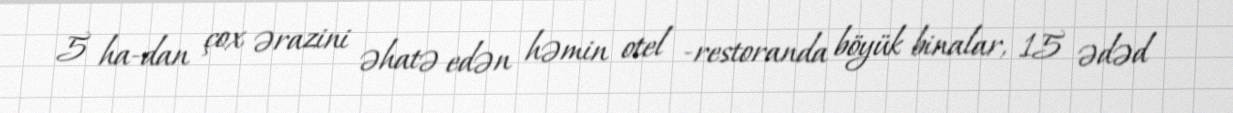
5 ha-dan çox ərazini əhatə edən həmin otel -restoranda böyük binalar, 15 ədəd